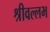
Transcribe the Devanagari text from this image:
श्रीवल्‍लभ